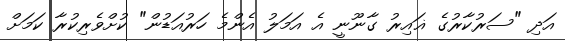
އަދި "ސަރުކާރުގެ ޣައިރު ގާނޫނީ އެ އަމަލު އެންމެ ހަރުއަޑުން" ކުށްވެރިކުރާ ކަމަށް